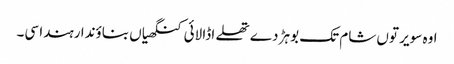
اوہ سویر توں شام تک بوہڑ دے تھلے اڈا لائی کنگھیاں بناؤندا رہندا سی۔